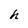
Character: h